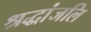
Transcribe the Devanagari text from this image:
श्रद्धांजलि